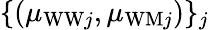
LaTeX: \{ (\mu_{\mathrm{WW}j},\mu_{\mathrm{WM}j})\} _{j}